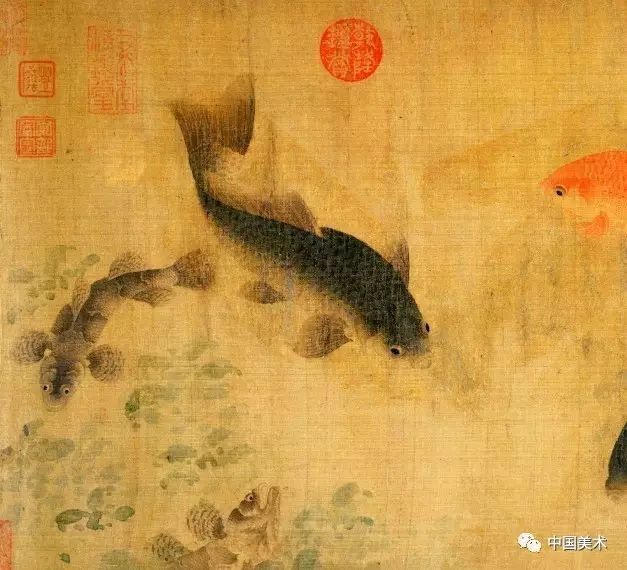
以饵取鱼，鱼可杀以禄取人，人可竭以家取国，国可拔以国取天下，天下可毕。